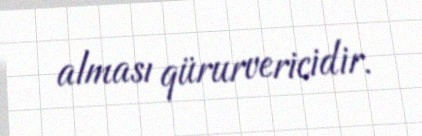
alması qürurvericidir.